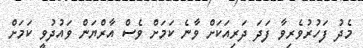
މެދު ފަހުރުވެރިވާ ފަދަ ދަރިއަކަށް ވާނެ ކަމަށް ވެސް އާރްޔަން ވައުދުވީ ކަމަށް